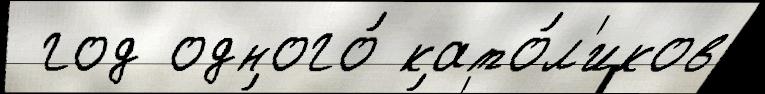
 год одного́ като́л'иков